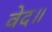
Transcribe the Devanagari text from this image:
वेद॥